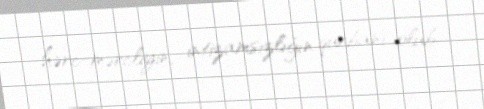
hərc-mərcliyin, intizamsızlığın qurbanı olub.